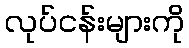
လုပ်ငန်းများကို